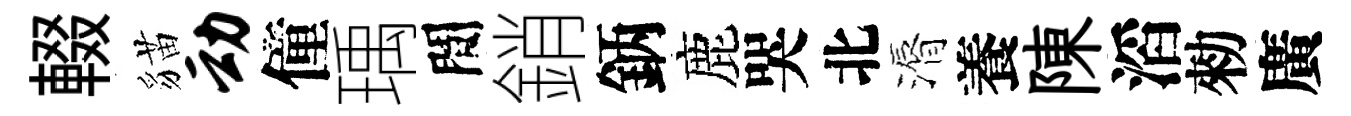
輟貓动僮瑀間銷鈵鹿哭北漘養陳滔勑廣